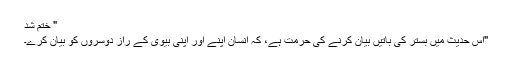
" ختم شد
"اس حدیث میں بستر کی باتیں بیان کرنے کی حرمت ہے، کہ انسان اپنے اور اپنی بیوی کے راز دوسروں کو بیان کرے۔